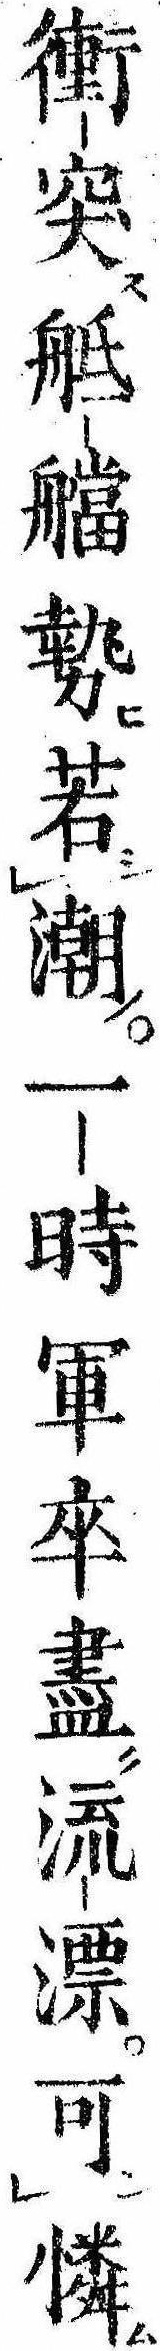
衝突艡勢若潮一時軍卒尽流漂可憐